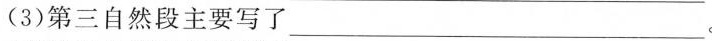
(3)第三自然段主要写了___。